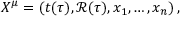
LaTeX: X ^ { \mu } = ( t ( \tau ) , { \mathcal R } ( \tau ) , x _ { 1 } , \dots , x _ { n } ) \, ,